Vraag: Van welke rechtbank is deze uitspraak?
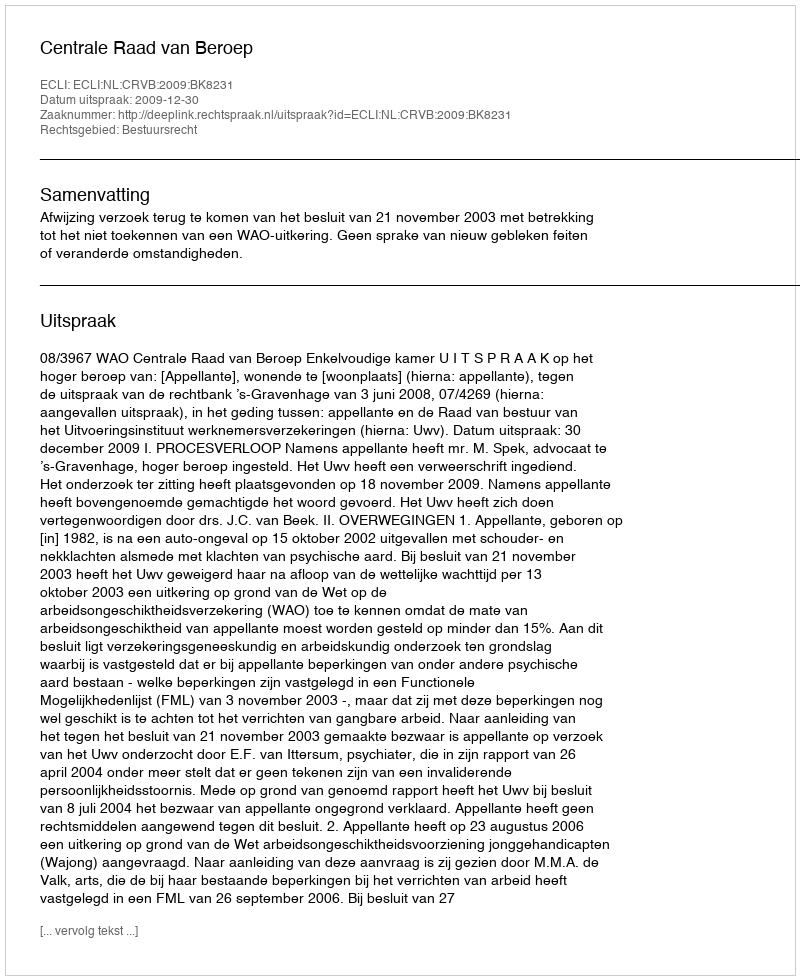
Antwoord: Centrale Raad van Beroep